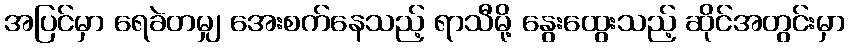
အပြင်မှာ ရေခဲတမျှ အေးစက်နေသည့် ရာသီမို့ နွေးထွေးသည့် ဆိုင်အတွင်းမှာ